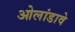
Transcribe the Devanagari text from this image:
ओलांडावे